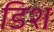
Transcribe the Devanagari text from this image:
डिश